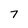
Character: 7